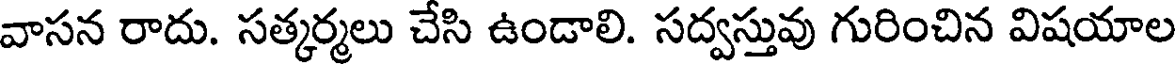
వాసన రాదు. సత్కర్మలు చేసి ఉండాలి. సద్వస్తువు గురించిన విషయాల